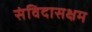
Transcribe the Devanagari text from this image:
संविदासक्षम